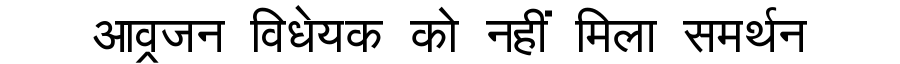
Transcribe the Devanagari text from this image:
आव्रजन विधेयक को नहीं मिला समर्थन